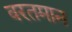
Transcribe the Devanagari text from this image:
वरतमान